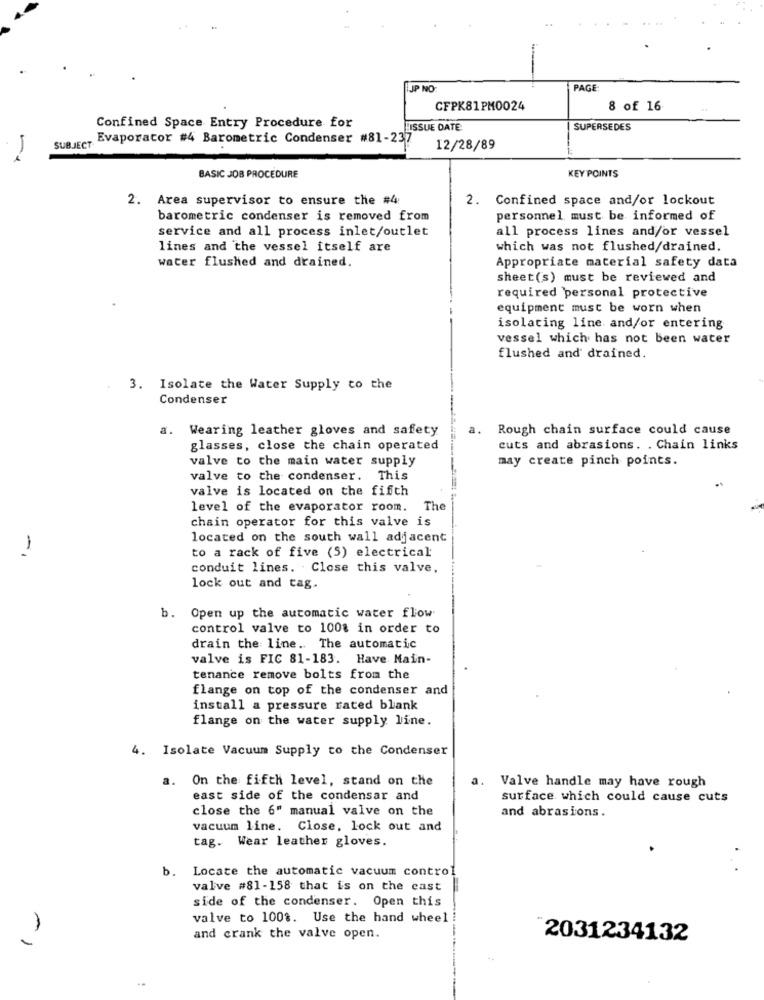
IJP NO
PAGE:
CFPK81PM0024
8 of 16
Confined Space Entry Procedure for
ISSUE DATE
SUPERSEDES
SUBJECT Evaporator #4 Barometric Condenser #81-237
12/28/89
-
KEY POINTS
BASIC JOB PROCEDURE
2. Area supervisor to ensure the #4
2. Confined space and/or lockout
barometric condenser is removed from
personnel must be informed of
service and all process inlet/outlet
all process lines and/or vessel
lines and the vessel itself are
which was not flushed/drained.
water flushed and drained.
Appropriate material safety data
sheet(s) must be reviewed and
required personal protective
equipment must be worn when
isolating line and/or entering
vessel which has not been water
flushed and drained.
3. Isolate the Water Supply to the
Condenser
a. Wearing leather gloves and safety
Rough chain surface could cause
glasses, close the chain operated
cuts and abrasions. . Chain links
valve to the main water supply
may create pinch points.
valve to the condenser. This
valve is located on the fifth
level of the evaporator room.
The
chain operator for this valve is
located on the south wall adjacent
1
to a rack of five (S) electrical
conduit lines. . Close this valve,
lock out and tag.
b. Open up the automatic water flow
control valve to 100% in order to
drain the line. The automatic
valve is FIC 81-183. Have Main-
tenance remove bolts from the
flange on top of the condenser and
install a pressure rated blank
flange on the water supply line.
4. Isolate Vacuum Supply to the Condenser
On the fifth level, stand on the
a.
Valve handle may have rough
east side of the condensar and
surface which could cause cuts
close the 6" manual valve on the
and abrasions.
vacuum line. Close, lock out and
tag. Wear leather gloves.
b.
Locate the automatic vacuum control
valve #81-158 that is on the cast
side of the condenser. Open this
valve to 100%. Use the hand wheel !
-1
and crank the valve open.
2031234132